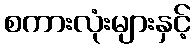
စကားလုံးများနှင့်